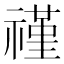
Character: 𬓑